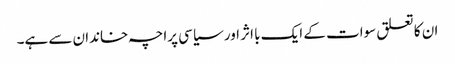
ان کا تعلق سوات کے ایک با اثر اور سیاسی پراچہ خاندان سے ہے۔